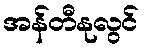
အန်တီနုလွင်